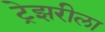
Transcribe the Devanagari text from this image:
ट्रेझरीला